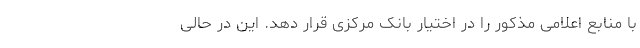
با منابع اعلامی مذکور را در اختیار بانک مرکزی قرار دهد. این در حالی